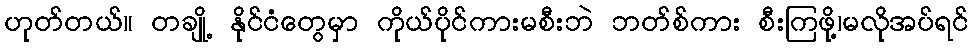
ဟုတ်တယ်။ တချို့ နိုင်ငံတွေမှာ ကိုယ်ပိုင်ကားမစီးဘဲ ဘတ်စ်ကား စီးကြဖို့၊မလိုအပ်ရင်